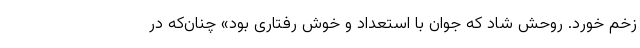
زخم خورد. روحش شاد که جوان با استعداد و خوش رفتاری بود» چنان‌که در